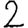
Digit: 2